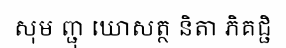
សុម ញ្ជុ ឃោសត្ថ និតា ភិគជ្ជិ